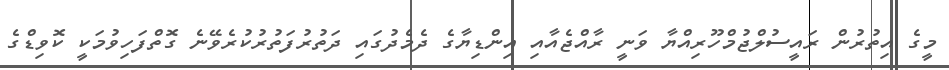
މީގެ އިތުރުން ރައީސުލްޖުމްހޫރިއްޔާ ވަނީ ރާއްޖެއާއި އިންޑިޔާގެ ދެމެދުގައި ދަތުރުފަތުރުކުރެވޭނެ ގޮތްފަހިވުމަކީ ކޮވިޑްގެ